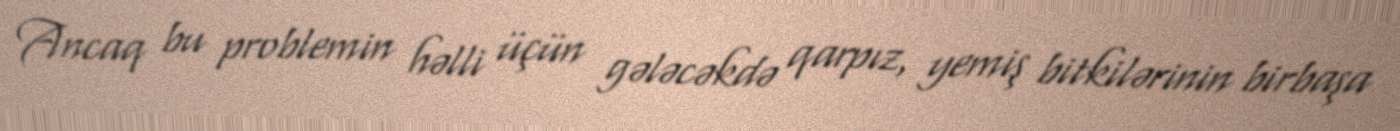
Ancaq bu problemin həlli üçün gələcəkdə qarpız, yemiş bitkilərinin birbaşa